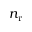
n _ { \mathrm { r } }